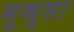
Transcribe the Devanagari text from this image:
सुस्रुसा